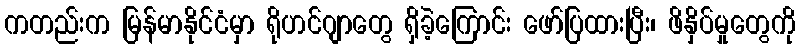
ကတည်းက မြန်မာနိုင်ငံမှာ ရိုဟင်ဂျာတွေ ရှိခဲ့ကြောင်း ဖော်ပြထားပြီး၊ ဖိနှိပ်မှုတွေကို